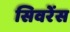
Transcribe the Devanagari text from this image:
सिवरेंस